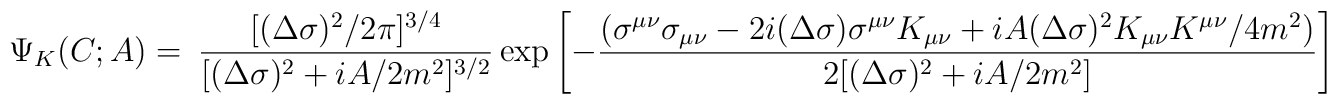
\Psi_K(C;A)=\	{[(\Delta\sigma)^2/ 2\pi]^{3/4}\over   	[(\Delta\sigma)^2+iA/2 m^2]^{3/2}}\exp\left[	-{\left(\sigma^{\mu\nu}\sigma_{\mu\nu}	-2i(\Delta\sigma)\sigma^{\mu\nu}K_{\mu\nu}        +i A(\Delta\sigma)^2 K_{\mu\nu}K^{\mu\nu}/4m^2	\right)	\over 2[(\Delta\sigma)^2+iA/2 m^2]}	\right]